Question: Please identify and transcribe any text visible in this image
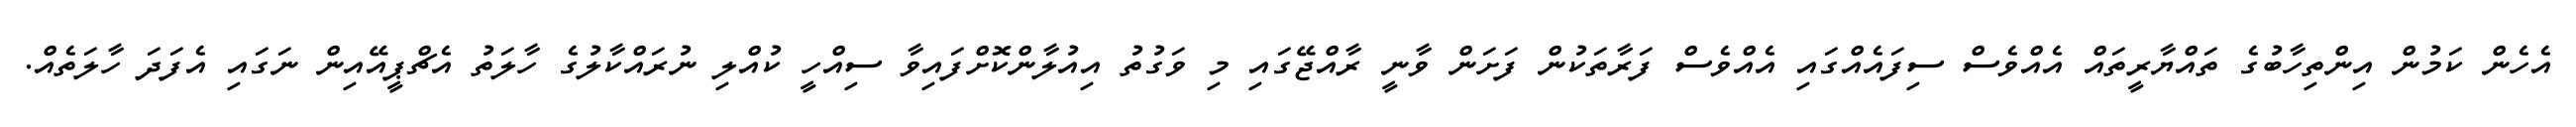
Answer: އެހެން ކަމުން އިންތިހާބުގެ ތައްޔާރީތައް އެއްވެސް ސިފައެއްގައި އެއްވެސް ފަރާތަކުން ފަށަން ވާނީ ރާއްޖޭގައި މި ވަގުތު އިއުލާންކޮށްފައިވާ ސިއްހީ ކުއްލި ނުރައްކާލުގެ ހާލަތު އެޗްޕީއޭއިން ނަގައި އެފަދަ ހާލަތެއް.